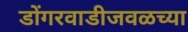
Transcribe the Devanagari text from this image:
डोंगरवाडीजवळच्या